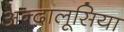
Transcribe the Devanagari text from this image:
अन्दालूसिया